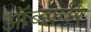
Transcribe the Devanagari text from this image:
ऑब्झर्वर